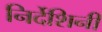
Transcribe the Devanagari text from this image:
निर्देशिनी